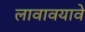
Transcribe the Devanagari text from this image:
लावावयावे